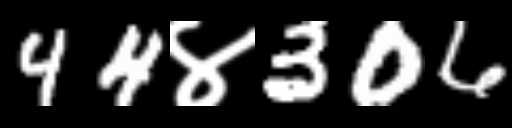
Text: 44४306